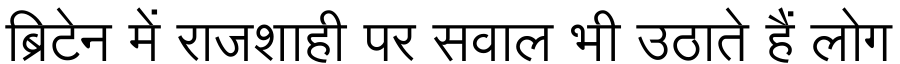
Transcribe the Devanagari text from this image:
ब्रिटेन में राजशाही पर सवाल भी उठाते हैं लोग